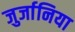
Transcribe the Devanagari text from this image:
जुर्जानिया